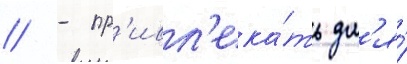
// - пр'ивл'ека́ть дл'я́